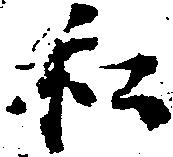
私